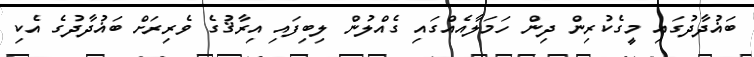
ބަޣުދާދުގައި މީގެކުރިން ދިން ހަމަލާއެއްގައި ގެއްލުން ލިބިފައި އިރާޤުގެ ވެރިރަށް ބަޣުދާދުގެ އެކި